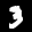
Label: 3